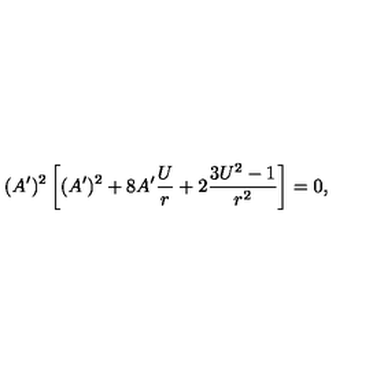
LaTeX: ( A ^ { \prime } ) ^ { 2 } \left[ ( A ^ { \prime } ) ^ { 2 } + 8 A ^ { \prime } { \frac { U } { r } } + 2 { \frac { 3 U ^ { 2 } - 1 } { r ^ { 2 } } } \right] = 0 ,